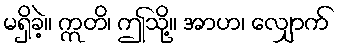
မရှိခဲ့။ ဣတိ၊ ဤသို့။ အာဟ၊ လျှောက်